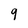
Character: 9